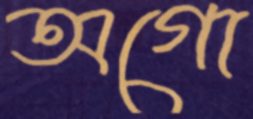
অগো